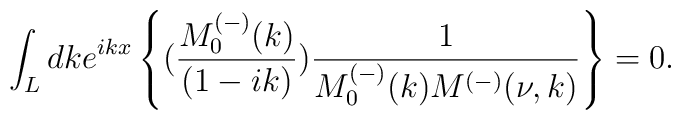
\int_{L}dk e^{ikx}\left\{(\frac{M^{(-)}_0(k)}{(1-ik)})\frac{1}{M^{(-)}_0(k)M^{(-)}(\nu,k)}\right\}=0.